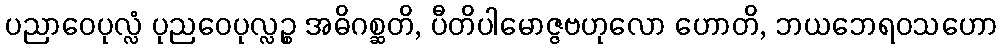
ပညာဝေပုလ္လံ ပုညဝေပုလ္လဉ္စ အဓိဂစ္ဆတိ, ပီတိပါမောဇ္ဇဗဟုလော ဟောတိ, ဘယဘေရဝသဟော